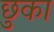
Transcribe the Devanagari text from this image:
छुका